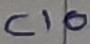
Text: C10